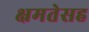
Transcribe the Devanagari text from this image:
क्षमतेसह